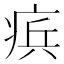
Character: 𭼑